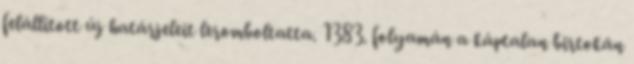
felállított új határjeleit leromboltatta. 1383. folyamán a káptalan birtokán